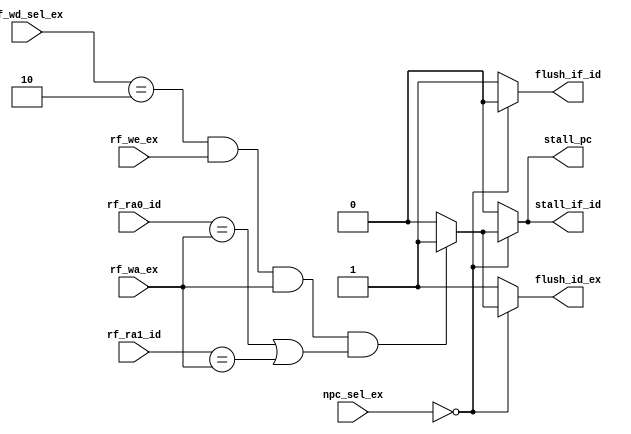
module SegCtrl (
    input   [0:0]   rf_we_ex,
    input   [1:0]   rf_wd_sel_ex,
    input   [4:0]   rf_wa_ex,
    input   [4:0]   rf_ra0_id,
    input   [4:0]   rf_ra1_id,
    input   [1:0]   npc_sel_ex,

    output  reg [0:0]   stall_pc,
    output  reg [0:0]   stall_if_id,
    output  reg [0:0]   flush_if_id,
    output  reg [0:0]   flush_id_ex
);
    
always @(*) begin
    if(npc_sel_ex==2'b00)begin//Load-Use Hazard
        if(rf_wd_sel_ex==2'b10 && rf_we_ex && rf_wa_ex && (rf_ra0_id==rf_wa_ex || rf_ra1_id==rf_wa_ex))begin
            stall_pc    =1'b1;
            stall_if_id =1'b1;
            flush_if_id =1'b0;
            flush_id_ex =1'b1;
        end
        else begin
            stall_pc    =1'b0;
            stall_if_id =1'b0;
            flush_if_id =1'b0;
            flush_id_ex =1'b0;
        end
    end
    else begin              //Control Hazard
        stall_pc    =1'b0;
        stall_if_id =1'b0;
        flush_if_id =1'b1;
        flush_id_ex =1'b1;
    end
end



endmodule